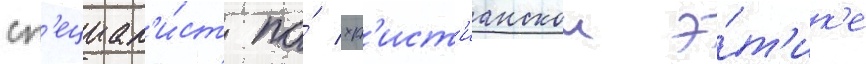
сп'ециал'и́ст по́ хр'ист'ианскои э́т'ик'е